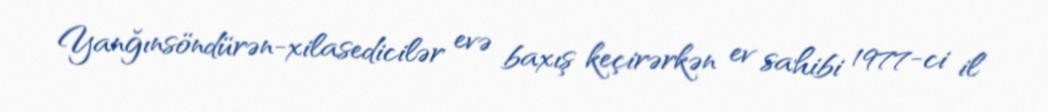
Yanğınsöndürən-xilasedicilər evə baxış keçirərkən ev sahibi 1977-ci il